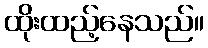
ထိုးထည့်နေသည်။